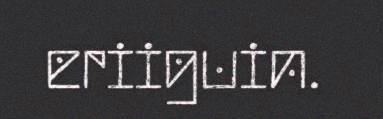
eriiguin.